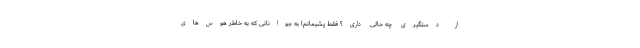
از دستگیری چه حالی داری؟ فقط پشیمانم! به جوانانی که به خاطر هوس‌های